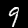
Label: 9